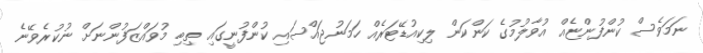
ނަމަވެސް ކުންފުންޏެއް އުވާލުމުގެ ކަންކަން ލިކިއުޑޭޓަރެއް ހަމަނުޖައްސައި ކުންފުނީގައި ތިބި މުވައްޒަފުންނަށް ނުކުރެވޭނެ